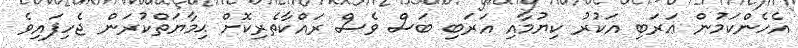
އެހެންކަމުން ޢަރަބި އަކުރު ކިޔުމާއި އަރަބި ބަސް ވެސް ރައްކާތެރިކޮށް ޙިމާޔަތްކުރަން ޖެހިފައިވެ